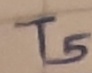
Text: T5